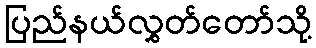
ပြည်နယ်လွှတ်တော်သို့